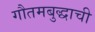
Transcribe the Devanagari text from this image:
गौतमबुद्धाची